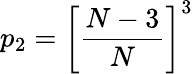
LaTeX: p_{2}=\bigg[\frac{N-3}{N}\bigg]^{3}